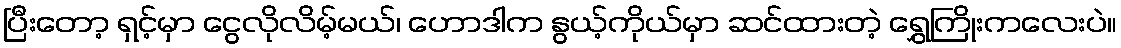
ပြီးတော့ ရှင့်မှာ ငွေလိုလိမ့်မယ်၊ ဟောဒါက နွယ့်ကိုယ်မှာ ဆင်ထားတဲ့ ရွှေကြိုးကလေးပဲ။